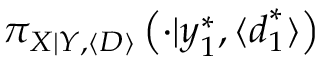
\pi _ { \boldsymbol { X } | \boldsymbol { Y } , \langle \boldsymbol { D } \rangle } \left( \cdot | \boldsymbol { y } _ { 1 } ^ { * } , \langle \boldsymbol { d } _ { 1 } ^ { * } \rangle \right)